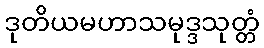
ဒုတိယမဟာသမုဒ္ဒသုတ္တံ